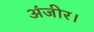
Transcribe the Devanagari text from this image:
अंजीर।